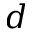
d